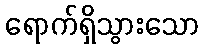
ရောက်ရှိသွားသော